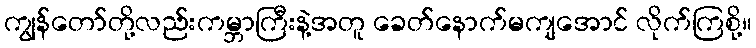
ကျွန်တော်တို့လည်းကမ္ဘာကြီးနဲ့အတူ ခေတ်နောက်မကျအောင် လိုက်ကြစို့။